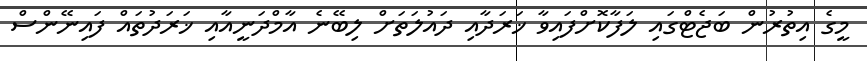
މީގެ އިތުރުން ބަޖެޓްގައި ލަފާކޮށްފަައިވާ ޚަރަދާއި ދައުލަތަށް ލިބޭނެ އާމްދަނީއާއި ޚަރަދުތައް ފައިނޭންސް